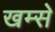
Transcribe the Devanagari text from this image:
खम्से